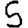
Digit: 5